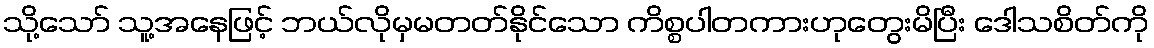
သို့သော် သူ့အနေဖြင့် ဘယ်လိုမှမတတ်နိုင်သော ကိစ္စပါတကားဟုတွေးမိပြီး ဒေါသစိတ်ကို